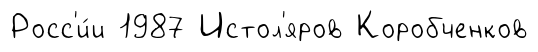
Росс'и́и 1987 Истол'яров Коробченков